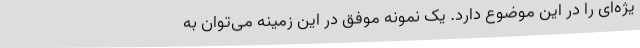
یژه‌ای را در این موضوع دارد. یک نمونه موفق در این زمینه می‌توان به